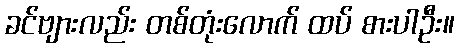
ခင်ဗျားလည်း တစ်တုံးလောက် ထပ် စားပါဦး။